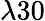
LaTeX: \lambda 30